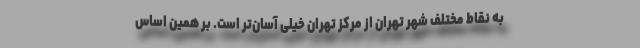
به نقاط مختلف شهر تهران از مرکز تهران خیلی آسان‌تر است. بر همین اساس